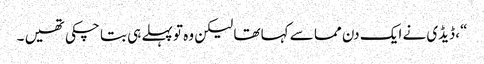
“، ڈیڈی نے ایک دن مما سے کہا تھا لیکن وہ تو پہلے ہی بتا چکی تھیں ۔